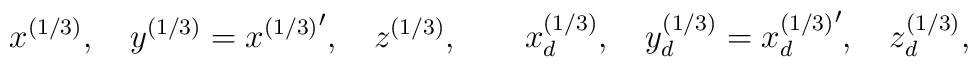
x^{(1/3)},\quad y^{(1/3)}={x^{(1/3)}}^\prime,\quad   z^{(1/3)},\qquad x_d^{(1/3)},\quad   y_d^{(1/3)}={x_d^{(1/3)}}^\prime,\quad z_d^{(1/3)},